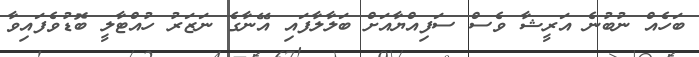
ބަހެއް ނުބުނެ އަރީޝާ ވެސް ސަފިއްޔާއަށް ބަލާލާފައި އޭނާގެ ނަޒަރު ހުއްޓާލީ ބޮޑުވެފައިވާ